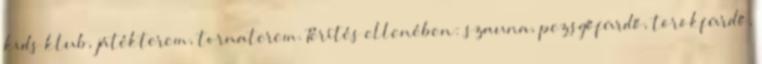
kids klub, játékterem, tornaterem. Térítés ellenében: szauna, pezsgőfürdő, törökfürdő,